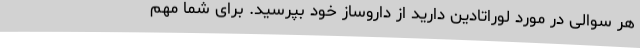
هر سوالی در مورد لوراتادین دارید از داروساز خود بپرسید. برای شما مهم